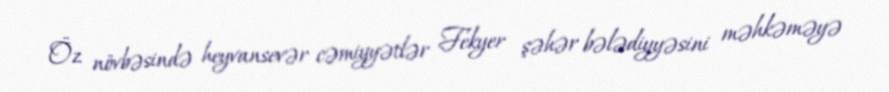
Öz növbəsində heyvansevər cəmiyyətlər Fekyer şəhər bələdiyyəsini məhkəməyə